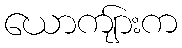
ယောကျ်ားက